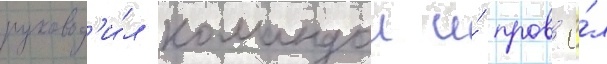
руковод'и́л командои и́ пров'ё́л